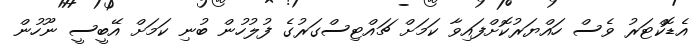
އެޑޮކްޓަރު ވެސް ހައްޔަރުކޮށްފައިވާ ކަމަށް ޗައްޓިސްގަރުގެ ފުލުހުން ބުނި ކަމަށް އޭބީސީ ނޫހުން